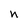
Character: n